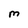
Character: M